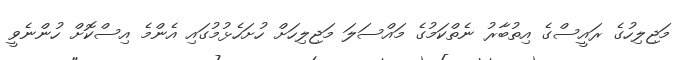
މަޖިލިހުގެ ރައީސްގެ އިތުބާރު ނެތްކަމުގެ މައްސަލަ މަޖިލިހަށް ހުށަހެޅުމުގައި އެންމެ އިސްކޮށް ހުންނެވީ